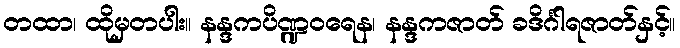
တထာ၊ ထိုမှတပါး။ နန္ဒကပိဏ္ဍဝရေန၊ နန္ဒကဇာတ် ခဒိင်္ဂါရဇာတ်နှင့်။